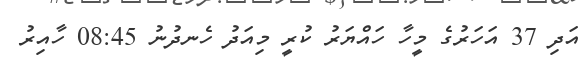
އަދި 37 އަހަރުގެ މީހާ ހައްޔަރު ކުރީ މިއަދު ހެނދުނު 08:45 ހާއިރު